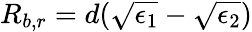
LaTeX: R_{b,r}=d(\sqrt{\epsilon_{1}}-\sqrt{\epsilon_{2}})